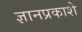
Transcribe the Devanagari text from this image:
ज्ञानप्रकाशे